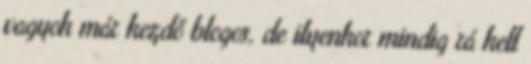
vagyok már kezdő blogos, de ilyenkor mindig rá kell